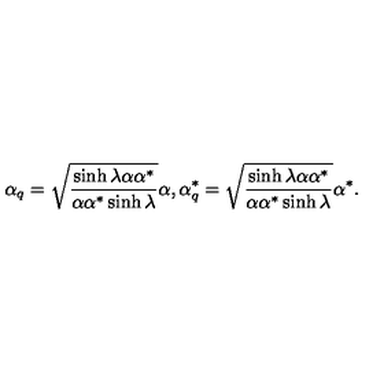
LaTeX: \alpha _ { q } = \sqrt { \frac { \sinh \lambda \alpha \alpha ^ { * } } { \alpha \alpha ^ { * } \sinh \lambda } } \alpha , \alpha _ { q } ^ { * } = \sqrt { \frac { \sinh \lambda \alpha \alpha ^ { * } } { \alpha \alpha ^ { * } \sinh \lambda } } \alpha ^ { * } .